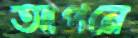
আপনে